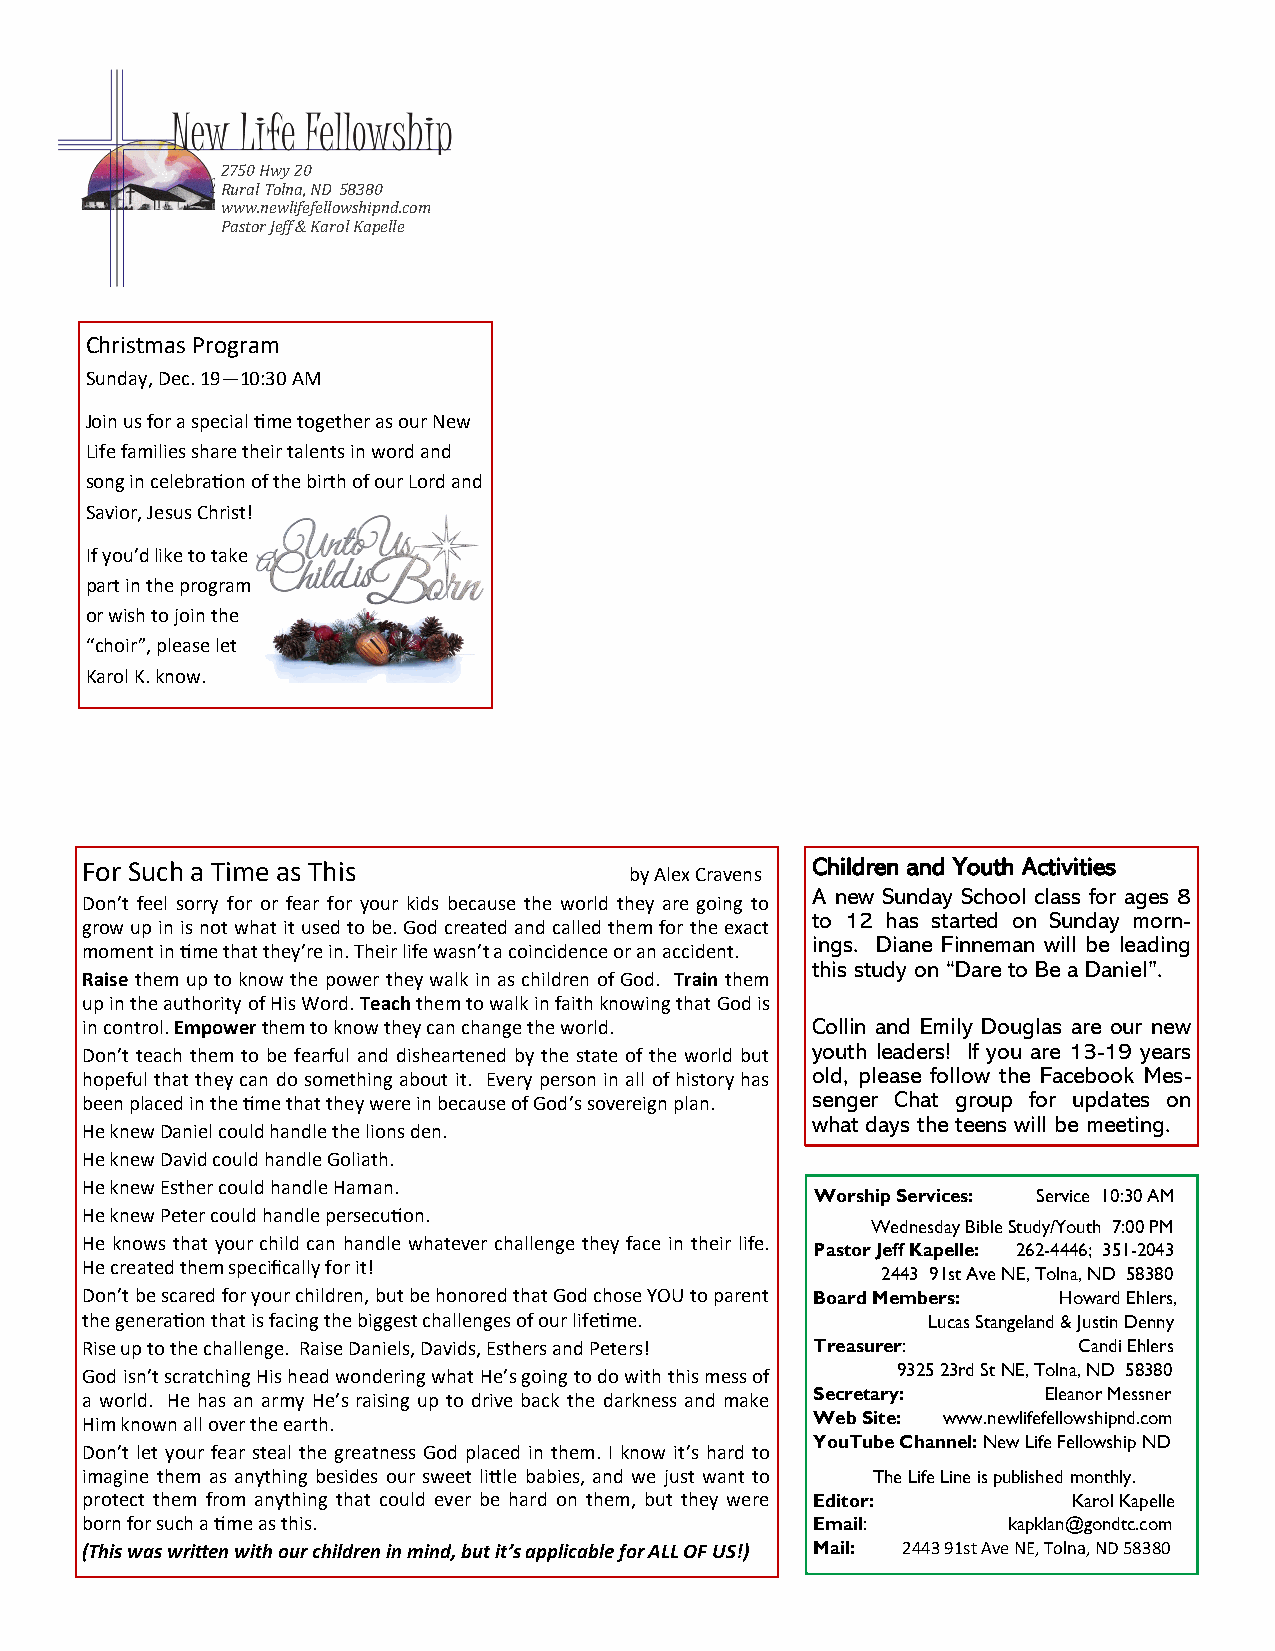
2750 Hwy 20
 Rural Tolna, ND 58380
 www.newlifefellowshipnd.com
 Pastor Jeff & Karol Kapelle
 Christmas Program
 Sunday, Dec. 19—10:30 AM
 Join us for a special time together as our New
 Life families share their talents in word and
 song in celebration of the birth of our Lord and
 Savior, Jesus Christ!
 If you’d like to take
 part in the program
 or wish to join the
 “choir”, please let
 Karol K. know.
 For Such a Time as This                          Children and Youth Activities
 by Alex Cravens
 A new Sunday School cl ass for ages 8
 Don’t feel sorry for or fear for your kids because the world they are going to
 to 12 has started on Sunday morn-
 grow up in is not what it used to be. God created and called them for the exact
 ings. Diane Finneman will be leading
 moment in time that they’re in. Their life wasn’t a coincidence or an accident.
 this study on “Dare to Be a Daniel”.
 Raise them up to know the power they walk in as children of God. Train them
 up in the authority of His Word. Teach them to walk in faith knowing that God is
 in control. Empower them to know they can change the world. Collin and Emily Douglas are our new
 Don’t teach them to be fearful and disheartened by the state of the world but youth leaders! If you are 13-19 years
 hopeful that they can do something about it. Every person in all of history has old, please follow the Facebook Mes-
 been placed in the time that they were in because of God’s sovereign plan. senger Chat group for updates on
 what days the teens will be meeting.
 He knew Daniel could handle the lions den.
 He knew David could handle Goliath.
 He knew Esther could handle Haman.
 Worship Services: Service 10:30 AM
 He knew Peter could handle persecution.
 Wednesday Bible Study/Youth 7:00 PM
 He knows that your child can handle whatever challenge they face in their life.
 Pastor Jeff Kapelle: 262-4446; 351-2043
 He created them specifically for it!
 2443 91st Ave NE, Tolna, ND 58380
 Don’t be scared for your children, but be honored that God chose YOU to parent Board Members: Howard Ehlers,
 the generation that is facing the biggest challenges of our lifetime. Lucas Stangeland & Justin Denny
 Rise up to the challenge. Raise Daniels, Davids, Esthers and Peters! Treasurer: Candi Ehlers
 God isn’t scratching His head wondering what He’s going to do with this mess of 9325 23rd St NE, Tolna, ND 58380
 a world. He has an army He’s raising up to drive back the darkness and make Secretary: Eleanor Messner
 Him known all over the earth.                    Web Site: www.newlifefellowshipnd.com
 YouTube Channel: New Life Fellowship ND
 Don’t let your fear steal the greatness God placed in them. I know it’s hard to
 imagine them as anything besides our sweet little babies, and we just want to The Life Line is published monthly.
 protect them from anything that could ever be hard on them, but they were Editor: Karol Kapelle
 born for such a time as this.                    Email:       kapklan@gondtc.com
 (This was written with our children in mind, but it’s applicable for ALL OF US!) Mail: 2443 91st Ave NE, Tolna, ND 58380